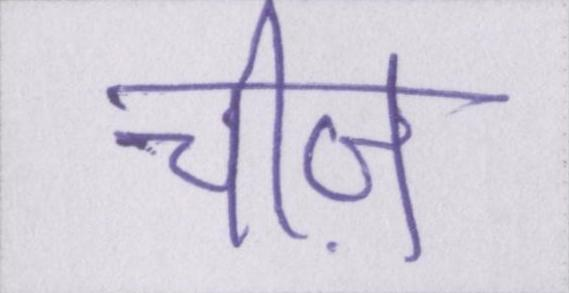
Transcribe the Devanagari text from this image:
चीज़